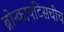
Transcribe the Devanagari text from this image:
ब्रोन्कायटिसचीच